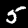
Label: 5